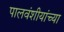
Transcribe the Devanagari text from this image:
पालवंशीयांच्या